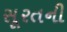
સૂરતની